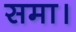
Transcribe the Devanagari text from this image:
समा।